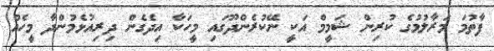
ފާތުމަ މަރާލުމުގެ ކުރިން ޝަމީމް އަކީ ނޭކުރެންދޫގައި މީހަކާ އިދެގެން ދިރިއުޅެމުންދާ މީހެއް